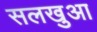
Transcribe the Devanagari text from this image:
सलखुआ